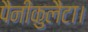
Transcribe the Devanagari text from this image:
पैनीकुलैटा।